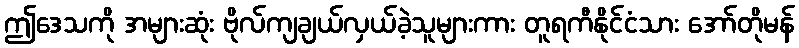
ဤဒေသကို အများဆုံး ဗိုလ်ကျချယ်လှယ်ခဲ့သူများကား တူရကီနိုင်ငံသား အော်တိုမန်